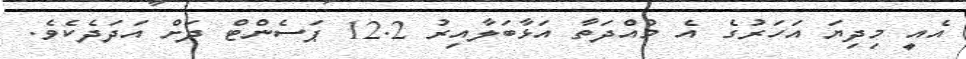
އެއީ މިދިޔަ އަހަރުގެ އެ މުއްދަތާ އަޅާބަލާއިރު 12.2 ޕަސެންޓް ދަށް އަދަދެކެވެ.